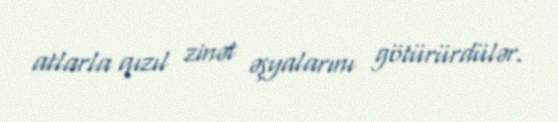
atlarla qızıl zinət əşyalarını götürürdülər.